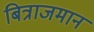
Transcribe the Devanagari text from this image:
बित्राजमान